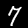
Label: 7